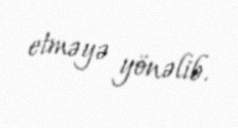
etməyə yönəlib.